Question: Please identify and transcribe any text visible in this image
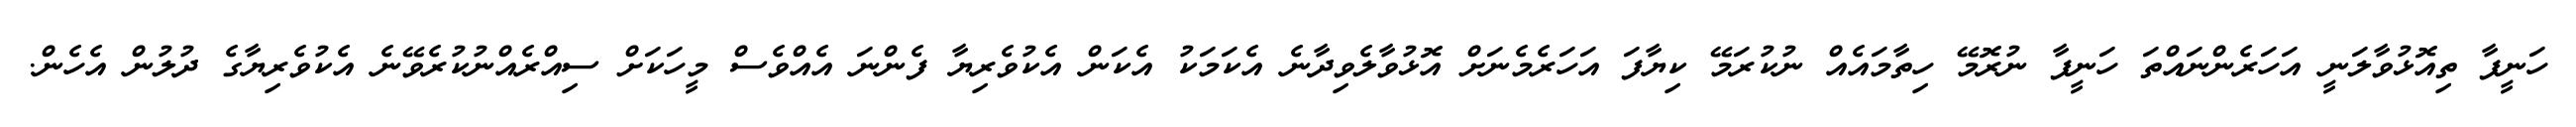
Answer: ހަނީފާ ތިއޮޅުވާލަނީ އަހަރެންނައްތަ ހަނީފާ ނުރޮމޭ ހިތާމައެއް ނުކުރަމޭ ކިޔާފަ އަހަރެމެނަށް އޮޅުވާލެވިދާނެ އެކަމަކު އެކަން އެކުވެރިޔާ ފެންނަ އެއްވެސް މީހަކަށް ސިއްރެއްނުކުރެވޭނެ އެކުވެރިޔާގެ ދުލުން އެހެން.